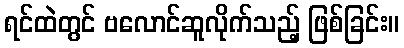
ရင်ထဲတွင် ဗလောင်ဆူလိုက်သည့် ဖြစ်ခြင်း။